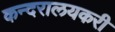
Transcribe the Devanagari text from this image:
कन्दरालयकरी